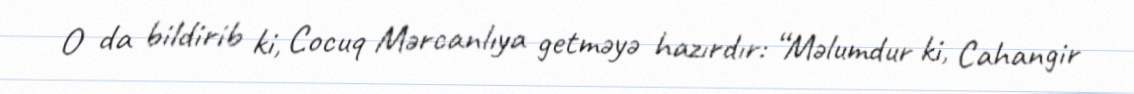
O da bildirib ki, Cocuq Mərcanlıya getməyə hazırdır: “Məlumdur ki, Cahangir